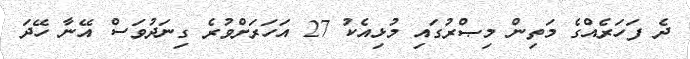
ދެ ފަހަރެއްގެ މަތިން މިޞްރުގައި މުޅިއެކު 27 އަހަރަށްވުރެ ގިނަދުވަސް އޭނާ ހޭދަ